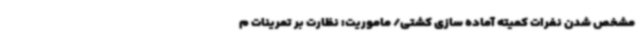
مشخص شدن نفرات کمیته آماده سازی کشتی/ ماموریت: نظارت بر تمرینات م